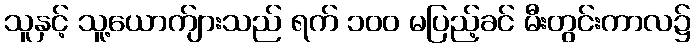
သူနှင့် သူ့ယောက်ျားသည် ရက် ၁၀၀ မပြည့်ခင် မီးတွင်းကာလ၌